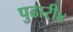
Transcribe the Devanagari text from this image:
पुढारी४